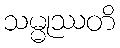
သမ္မုဿတိ